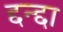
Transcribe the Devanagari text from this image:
द्दन्द्दा